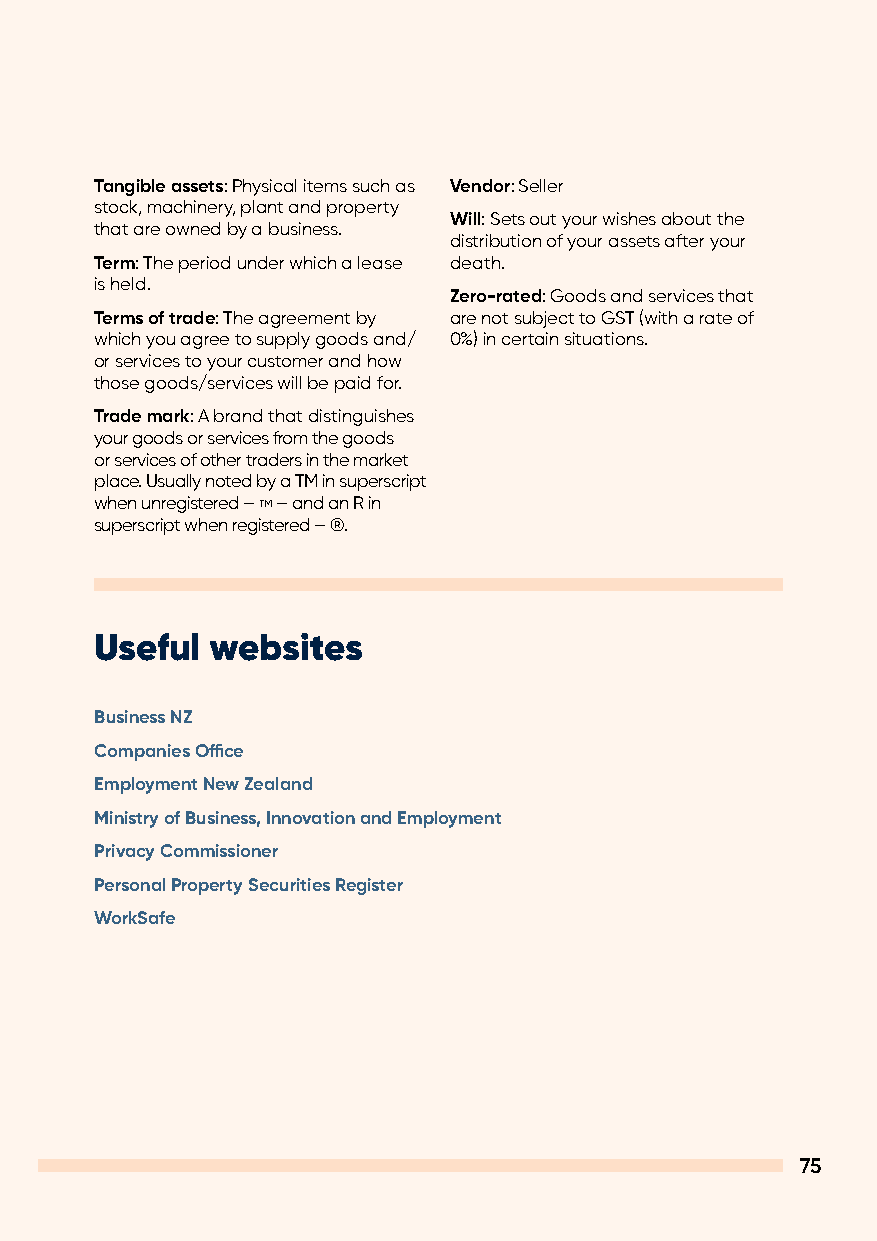
Tangible assets: Physical items such as Vendor: Seller
 stock, machinery, plant and property
 Will: Sets out your wishes about the
 that are owned by a business.
 distribution of your assets after your
 Term: The period under which a lease death.
 is held.
 Zero-rated: Goods and services that
 Terms of trade: The agreement by are not subject to GST (with a rate of
 which you agree to supply goods and/ 0%) in certain situations.
 or services to your customer and how
 those goods/services will be paid for.
 Trade mark: A brand that distinguishes
 your goods or services from the goods
 or services of other traders in the market
 place. Usually noted by a TM in superscript
 when unregistered – TM – and an R in
 superscript when registered – ®.
 Useful  websites
 Business NZ
 Companies Office
 Employment New Zealand
 Ministry of Business, Innovation and Employment
 Privacy Commissioner
 Personal Property Securities Register
 WorkSafe
 75